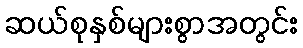
ဆယ်စုနှစ်များစွာအတွင်း